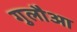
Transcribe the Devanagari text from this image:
गुलौआ